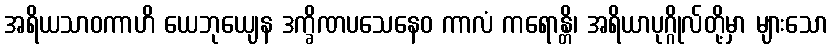
အရိယသာဝကာဟိ ယေဘုယျေန ဒက္ခိဏပသေနေဝ ကာလံ ကရောန္တိ၊ အရိယာပုဂ္ဂိုလ်တို့မှာ များသော